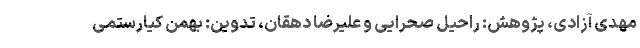
مهدی آزادی، پژوهش: راحیل صحرایی و علیرضا دهقان، تدوین: بهمن کیارستمی